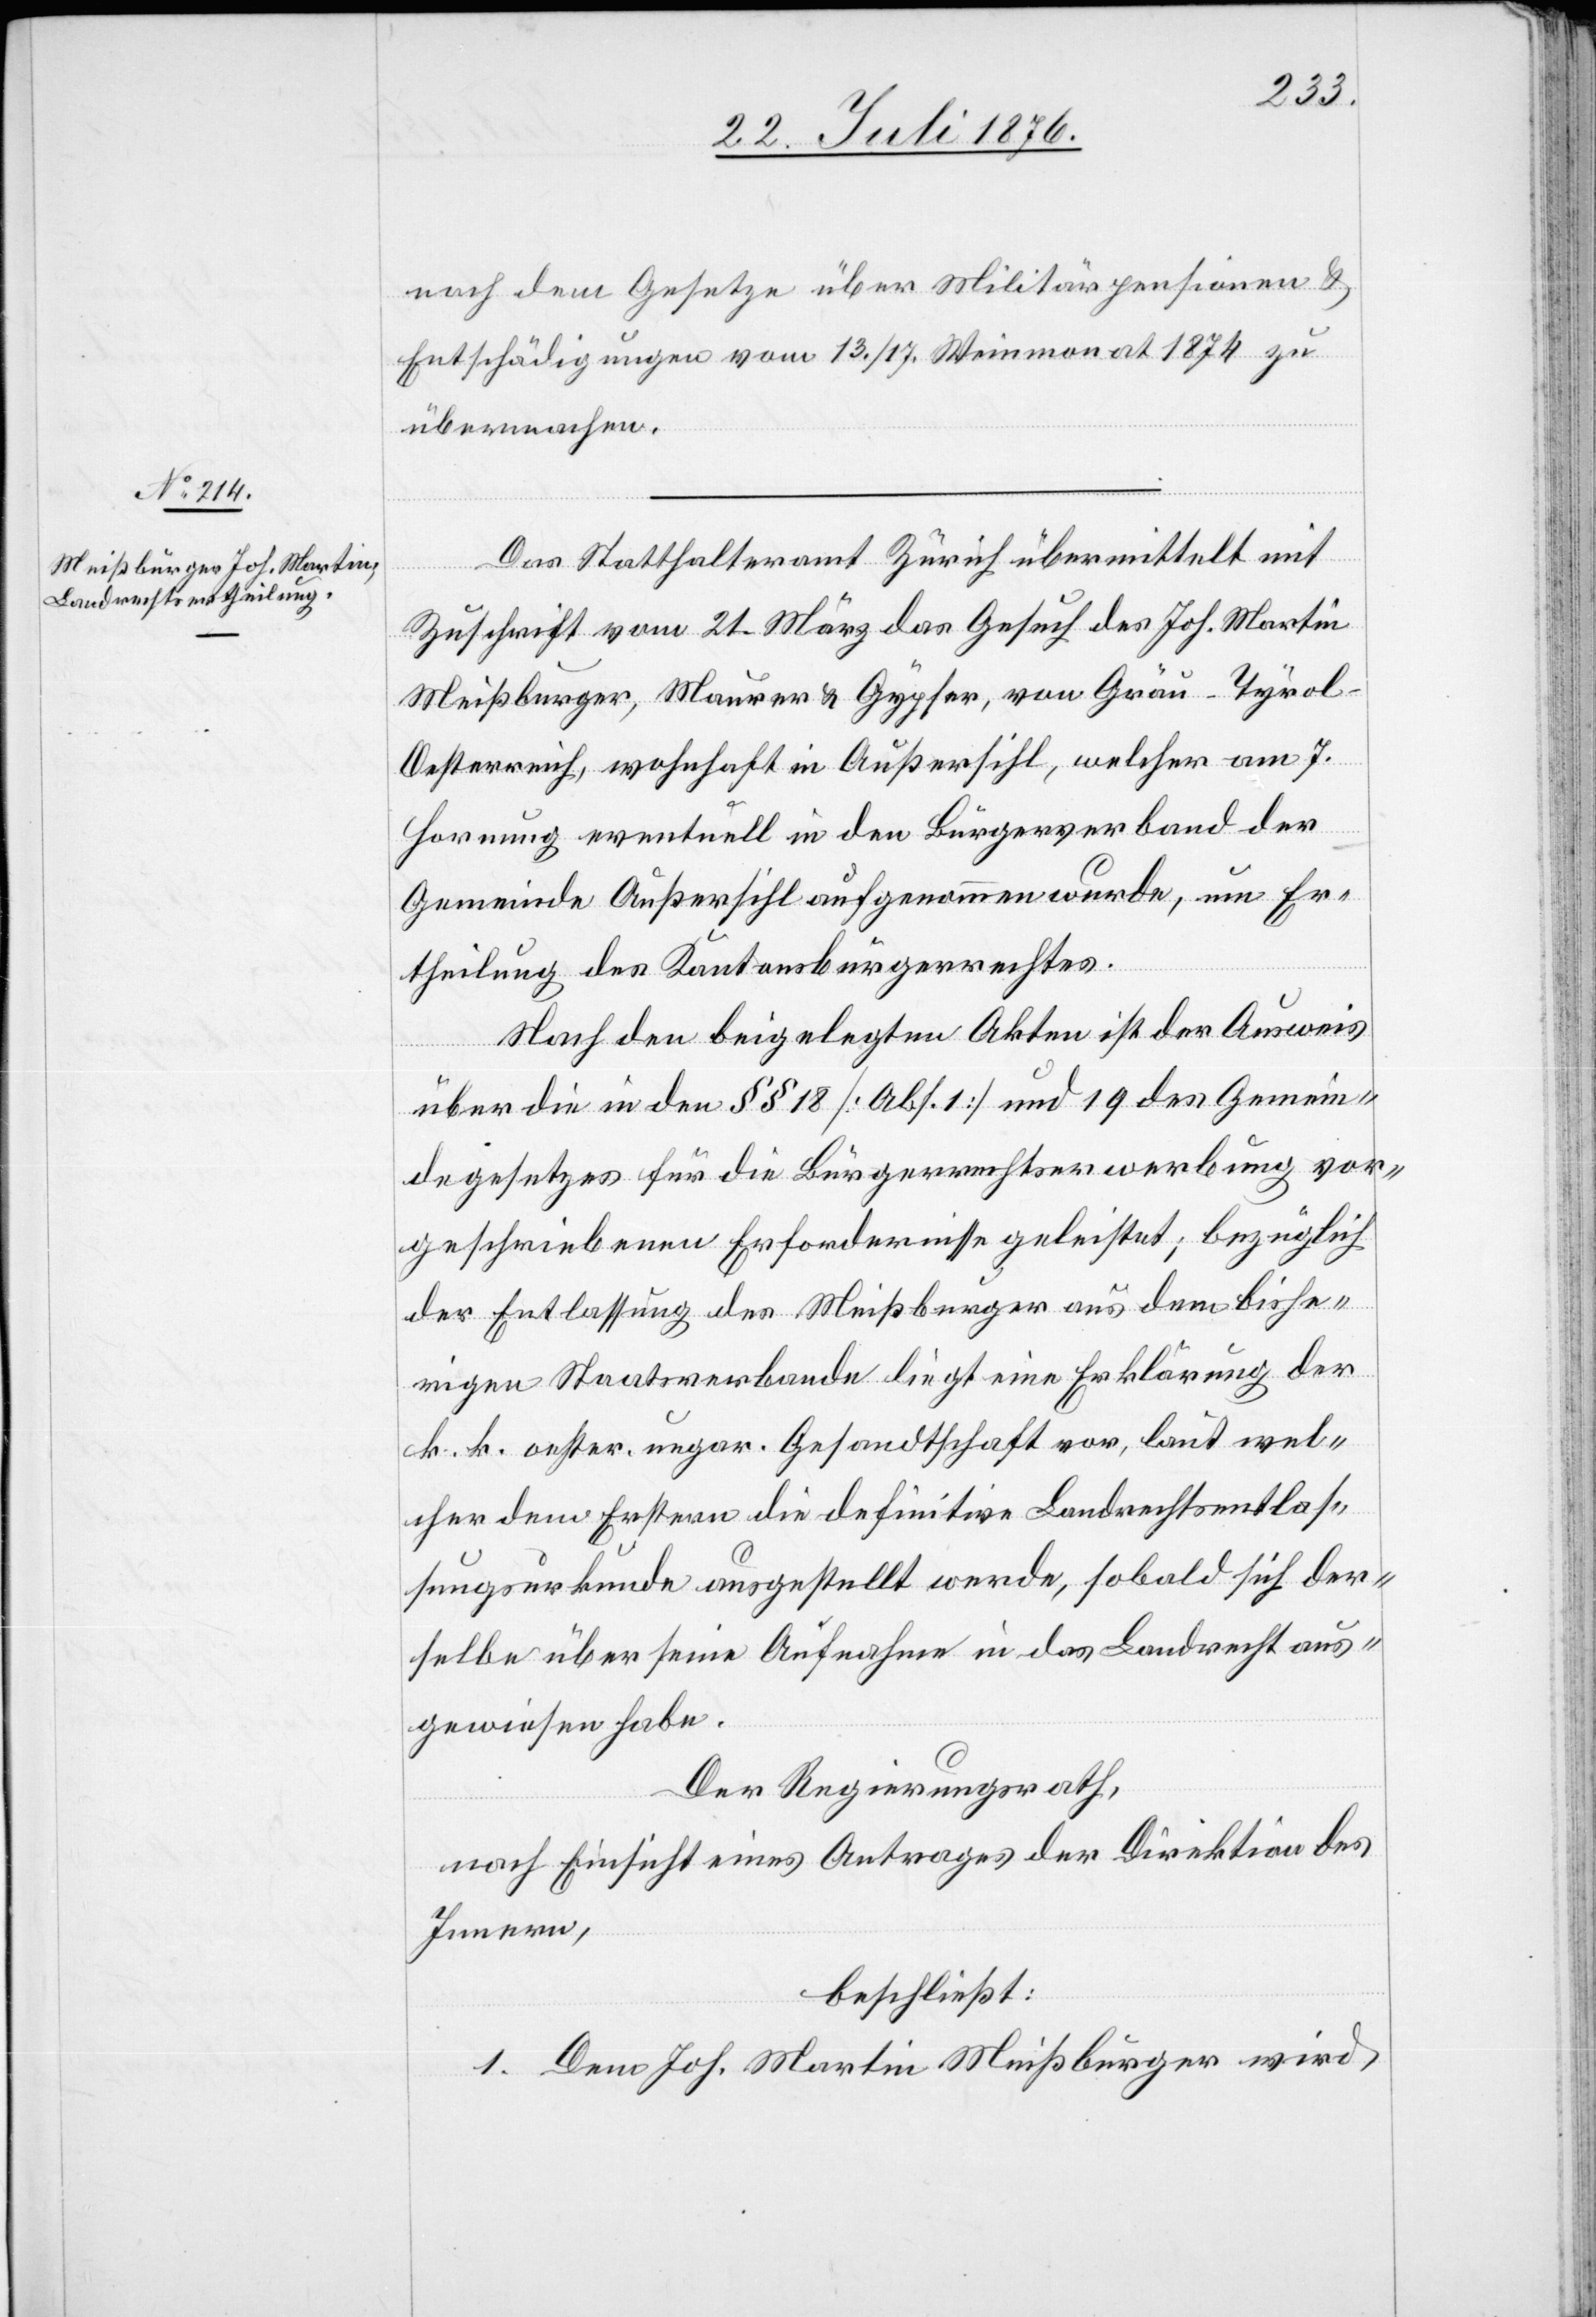
nach dem Gesetze über Militärpensionen &
Entschädigungen vom 13./17. Weinmonat 1874 zu
übermachen.
Das Statthalteramt Zürich übermittelt mit
Zuschrift vom 21. März das Gesuch des Joh. Martin
Meißburger, Maurer & Gypser, von Gräu - Tyrol
Oesterreich, wohnhaft in Außersihl, welcher am 7.
Hornung eventuell in den Bürgerverband der
Gemeinde Außersihl aufgenommen wurde, um Er¬
theilung des Kantonsbürgerrechtes.
Nach den beigelegten Akten ist der Ausweis
über die in den §§ 18 [Abs. 1] und 19 des Gemein¬
degesetzes für die Bürgerrechtserwerbung vor¬
geschriebenen Erfordernisse geleistet; bezüglich
der Entlassung des Meißburger aus dem bishe¬
rigen Staatsverbande liegt eine Erklärung der
k. k. oester. ungar. Gesandtschaft vor, laut wel¬
cher dem Erstern die definitive Landrechtsentlas¬
sungsurkunde ausgestellt werde, sobald sich der¬
selbe über seine Aufnahme in das Landrecht aus¬
gewiesen habe.
Der Regierungsrath,
nach Einsicht eines Antrages der Direktion des
Innern,
beschließt:
1. Dem Joh. Martin Meißburger wird